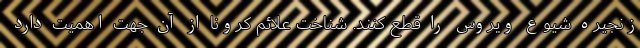
زنجیره شیوع ویروس را قطع کنند. شناخت علائم کرونا از آن جهت اهمیت دارد